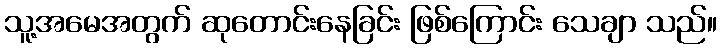
သူ့အမေအတွက် ဆုတောင်းနေခြင်း ဖြစ်ကြောင်း သေချာ သည်။